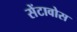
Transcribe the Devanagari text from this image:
सेंटावोस